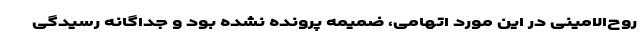
روح‌الامینی در این مورد اتهامی، ضمیمه پرونده نشده بود و جداگانه رسیدگی